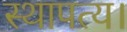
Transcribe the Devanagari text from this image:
स्थापत्य।